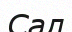
Сал